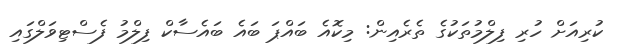
ކުރިއަށް ހުރި ފިލްމުތަކުގެ ތެރެއިން: މިކޮއެ ބައްޕަ ބައެ ބައެސާކް ފިލްމު ފެސްޓިވަލްގައި